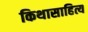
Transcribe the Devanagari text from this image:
किथासाहित्य